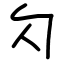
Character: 勽